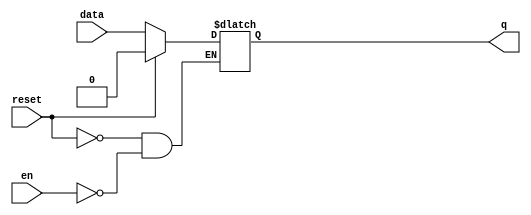
module dlatch(data, en, reset, q);
input data, en, reset ; 
output q;
reg q;
always @ ( en or reset or data)
if (reset) begin
 q <= 1'b0;
end else if (en) begin
 q <= data;
end
endmodule